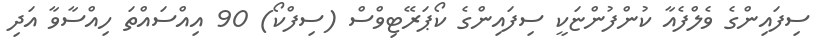
ސިފައިންގެ ވެލްފެއާ ކުންފުންޏަކީ ސިފައިންގެ ކޯޕަރޭޓިވްސް (ސިފްކޯ) 90 އިއްސަައްތަ ހިއްސާވާ އަދި